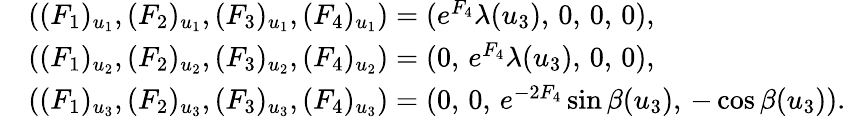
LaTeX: \begin{array}{rl}&{((F_{1})_{u_{1}},(F_{2})_{u_{1}},(F_{3})_{u_{1}},(F_{4})_{u_{1}})=(e^{F_{4}}\lambda(u_{3}),\, 0,\, 0,\, 0),}\\ &{((F_{1})_{u_{2}},(F_{2})_{u_{2}},(F_{3})_{u_{2}},(F_{4})_{u_{2}})=(0,\, e^{F_{4}}\lambda(u_{3}),\, 0,\, 0),}\\ &{((F_{1})_{u_{3}},(F_{2})_{u_{3}},(F_{3})_{u_{3}},(F_{4})_{u_{3}})=(0,\, 0,\, e^{-2F_{4}}\sin\beta(u_{3}),\, -\cos\beta(u_{3})).}\end{array}